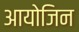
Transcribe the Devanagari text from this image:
आयोजिन